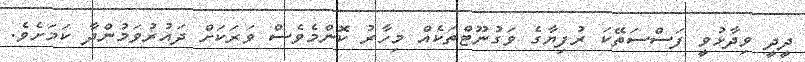
ދީދީ ވިދާޅުވީ ފަސްސަތޭކަ ރުފިޔާގެ ވަގުނޫޓްތަކެއް މިހާރު ކޮންމެވެސް ވަރަކަށް ދައުރުވަމުންދާ ކަމަށެވެ.